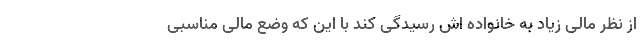
از نظر مالی زیاد به خانواده اش رسیدگی کند با این که وضع مالی مناسبی